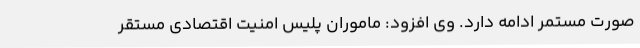
صورت مستمر ادامه دارد. وی افزود: ماموران پلیس امنیت اقتصادی مستقر